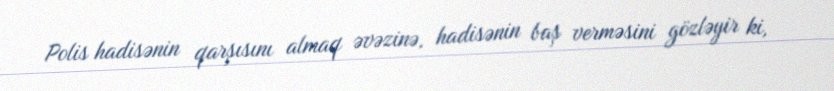
Polis hadisənin qarşısını almaq əvəzinə, hadisənin baş verməsini gözləyir ki,